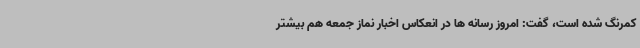
کمرنگ شده است، گفت: امروز رسانه ها در انعکاس اخبار نماز جمعه هم بیشتر